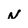
Character: n